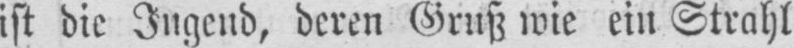
ist die Jugend, deren Gruß wie ein Strahl